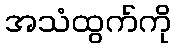
အသံထွက်ကို